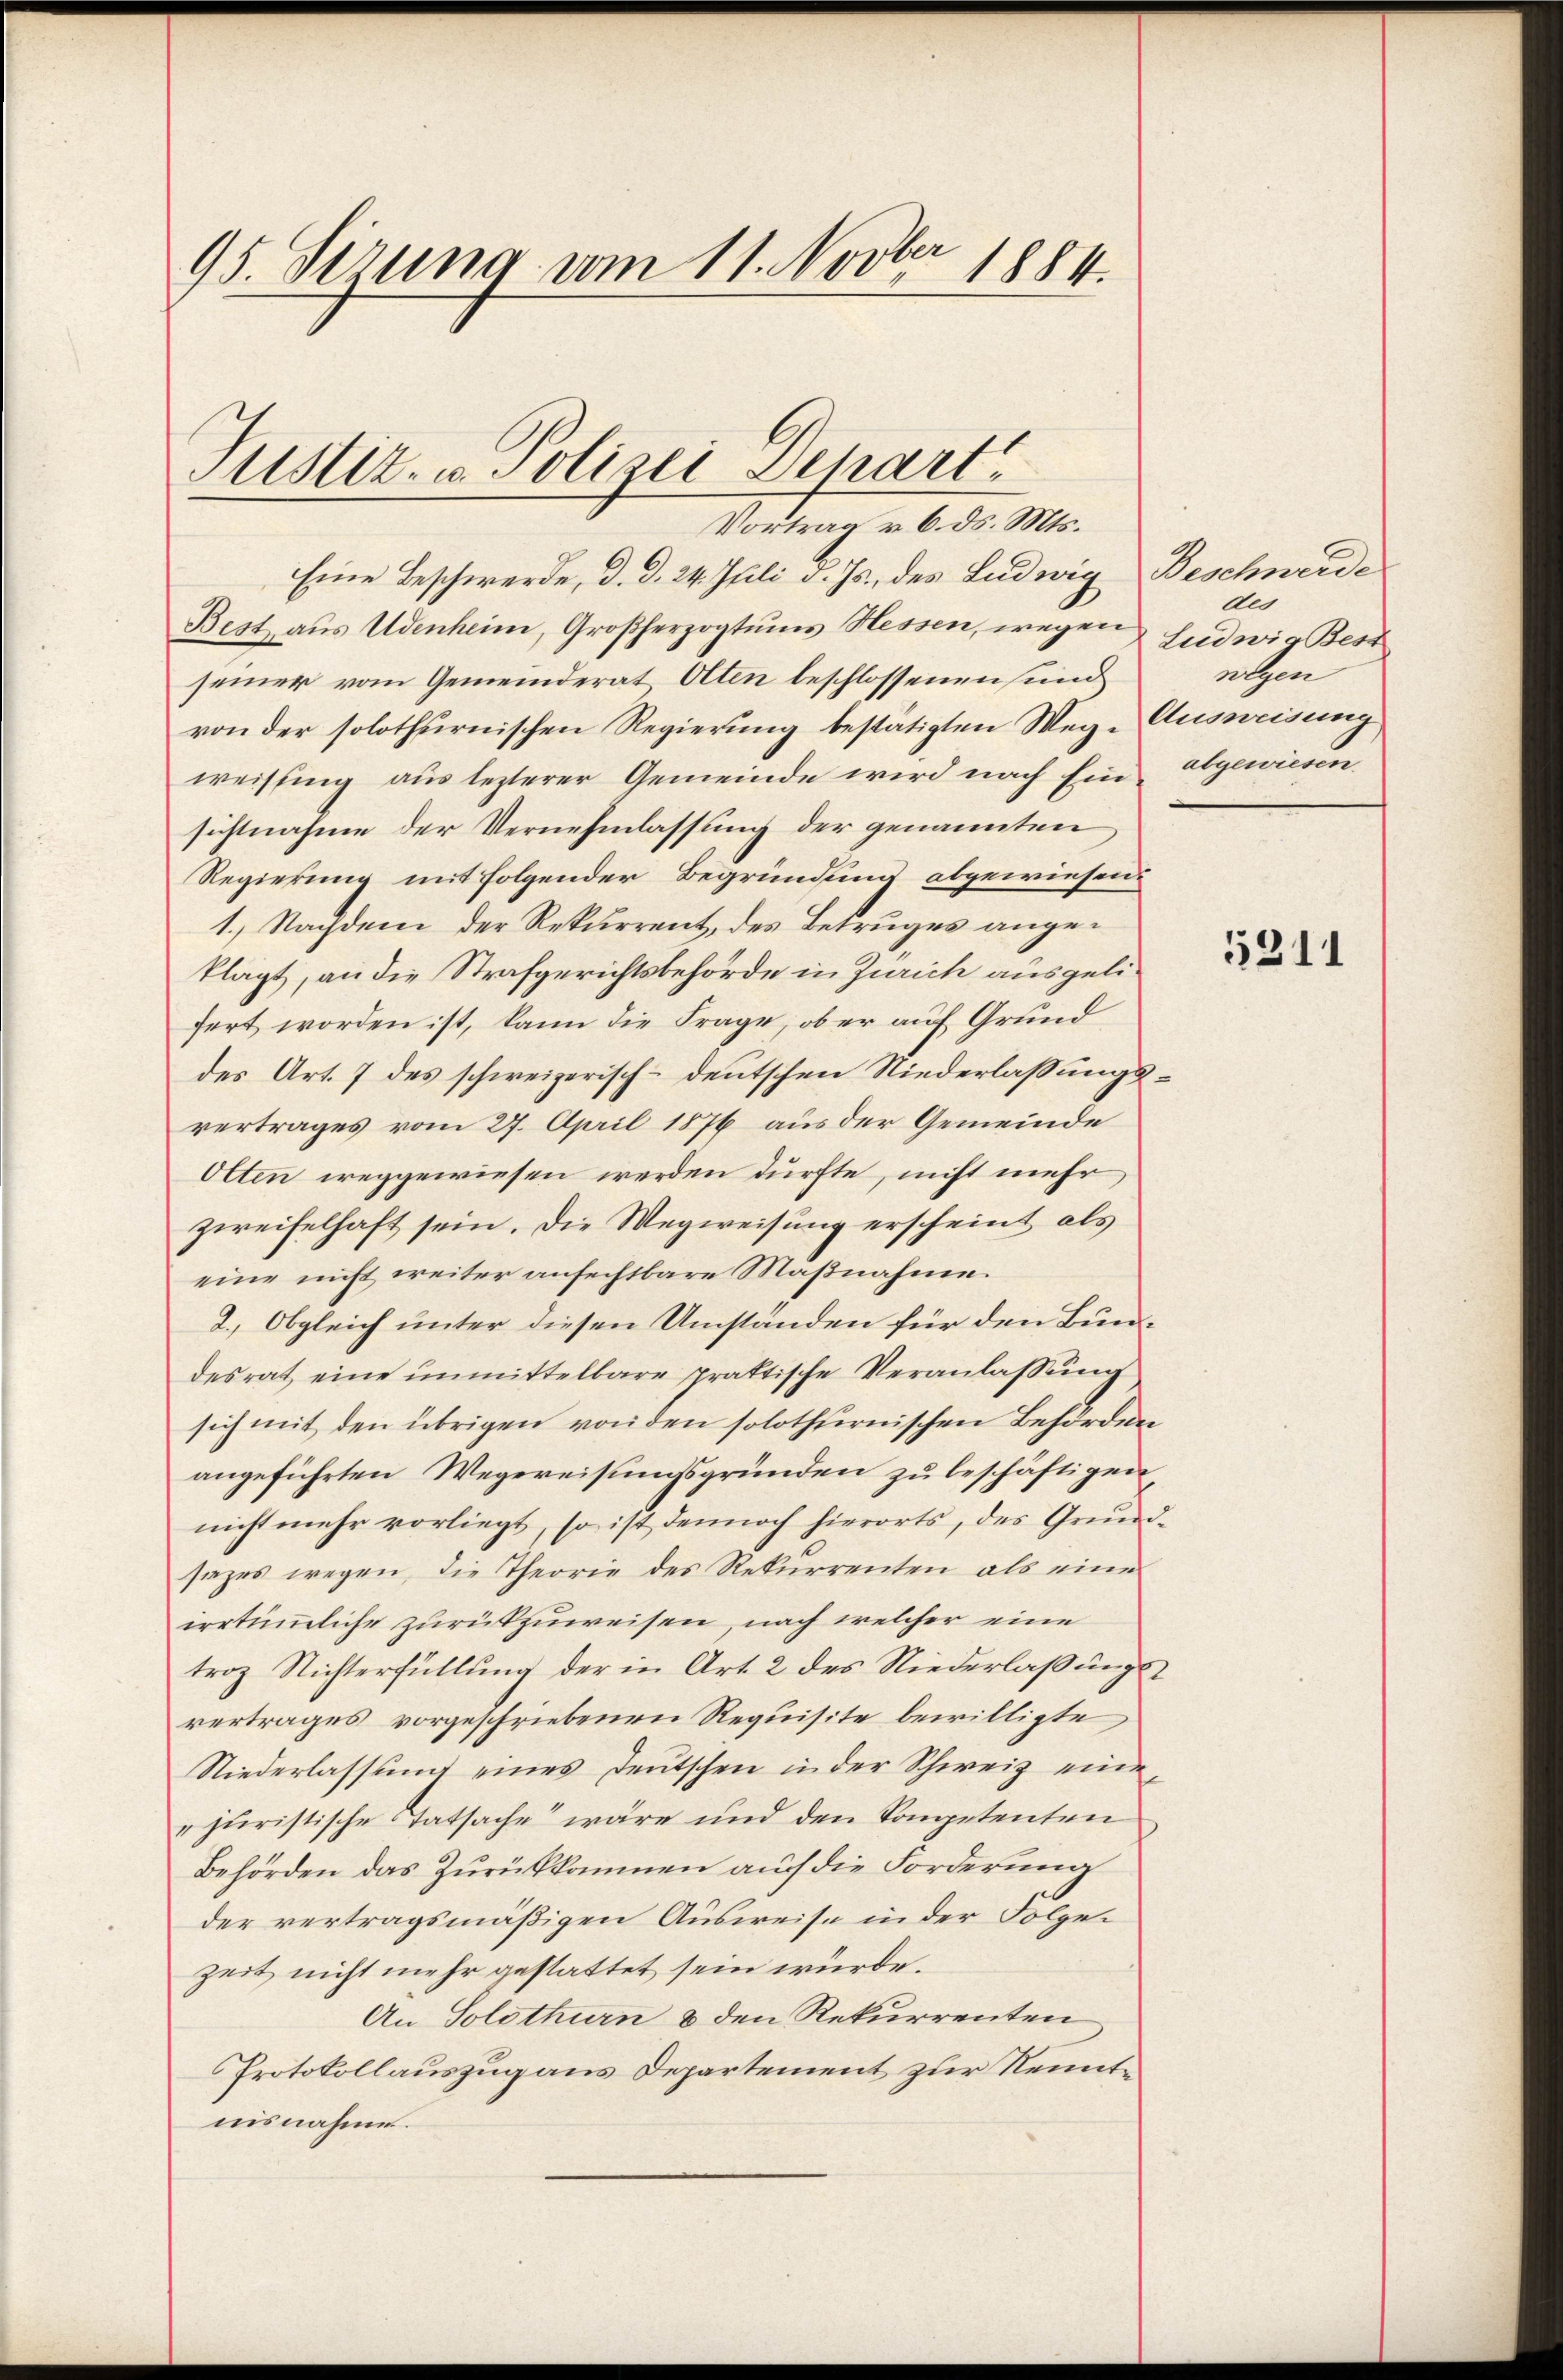
95. Sirung vom 11. Novber 1884.

Astlz. u. Polizei Depart
Vortrag v. 6. ds. Mts.

Eine Beschwerde, d. d. 24. Juli d. Js., des Ludwig Beschweide
Best aus Udenheim, Großherzogtums Hessen, wegen Ludwig Best
seiner vom Gemeinderat Olten beschlossenen sind
von der solothurnischen Regierung bestätigten Wege Ausweisung
weisung aus lezterer Gemeinde wird nach Einsichtnahme der Vernehmlassung der genannten
Regierung mit folgender Begründung abgewiesend
1.) Nachdem der Rekurrent, des Betruges angeklagt, an die Strafgerichtsbehörde in Zürich ausgelifert worden ist, kann die Frage, ob er auf Grund
des Art. 7 des schweizerisch-deutschen Niederlaßungsvertrages vom 27. April 1876 aus der Gemeinde
Otten weggewiesen werden dürfte, nicht mehr
zweifelhaft sein. Die Wegweisung erscheint als
eine nicht weiter anfechtbare Maßnahme
2.) Obgleich unter diesen Umständen für den Bundesrat eine unmittelbare praktische Veranlassung
sich mit den übrigen von den solothurnischen Behörden
angeführten Wegereisungsgründen zu beschäftigen
nicht mehr vorliegt, so ist dennoch hierorts, des Grund-
sazes wegen, die Theorie des Rekurrenten als eine
irrtümliche zurükzuweisen, nach welcher eine
troz Nichterfüllung der in Art. 2 des Niederlaßungsvertrages vorgeschriebenen Requisite bewilligte,
Niederlassung eines Deutschen in der Schweiz eine
„juristische Tatsache“ wäre und den Kompetenten
Behörden das Zurückkommen auch die Forderung
der vertragsmäßigen Ausweise in der Folgezeit nicht mehr gestattet sein würde.
An Solothurn 8 den Rekurrenten
Protokollauszug aus Departement zur Kenntnisnahme.

du
wegen
abgewiesen.

5311